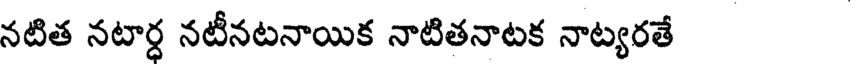
నటిత నటార్ధ నటీనటనాయిక నాటితనాటక నాట్యరతే